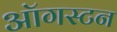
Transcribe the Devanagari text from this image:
ऑगस्टन